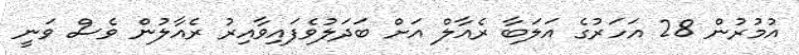
އުމުރުން 28 އަހަރުގެ އަލަބާ ރެއާލް އަށް ބަދަލުވެފައިވާއިރު ރެއާލުން ވެސް ވަނީ